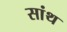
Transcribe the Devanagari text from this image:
सांथ